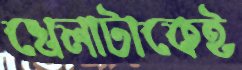
খেলাটাকেই